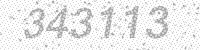
Solution: 343113